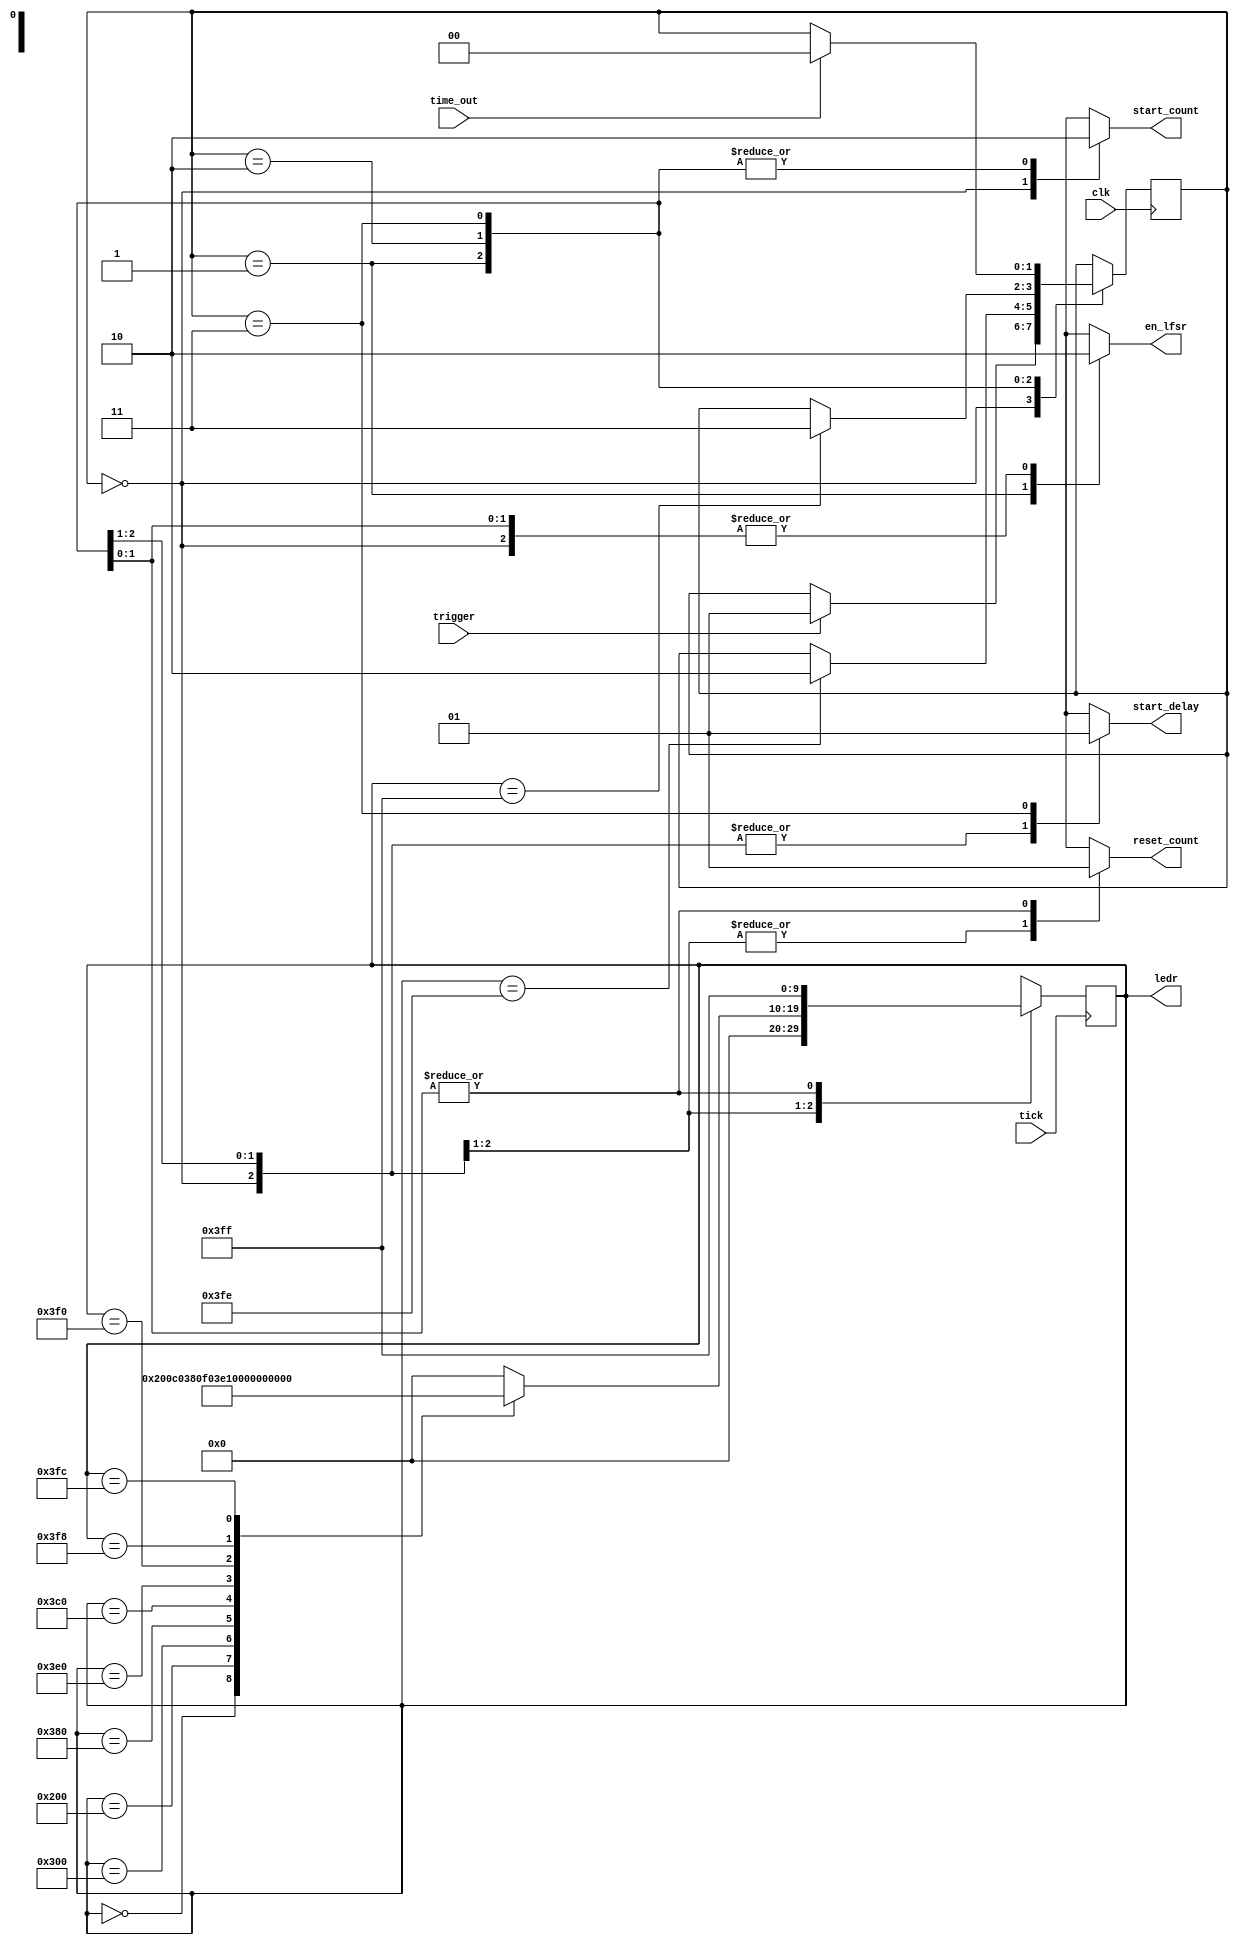
module fsm(clk, tick , trigger, time_out, en_lfsr, start_delay, ledr, start_count, reset_count/*ex9*/);

input clk;
input tick;
input trigger;
input time_out;

output en_lfsr;
output start_delay;
output [9:0] ledr;
output reset_count; //ex9
output start_count; //ex9

reg en_lfsr;
reg start_delay;
reg [9:0]ledr;
reg [1:0] state;
reg reset_count; //ex9
reg start_count; //ex9

initial en_lfsr = 1'b0;
initial start_delay = 1'b0;
initial ledr = 10'b0;
initial state = 2'b0;
initial reset_count = 1'b0; //ex9
initial start_count = 1'b0; //ex9

parameter WAIT = 2'b00;
parameter LIGHTS = 2'b01;
parameter DELAY = 2'b10;
parameter RESET = 2'b11;


always @ (posedge clk)
	
	case(state)
		WAIT:
			if(trigger == 1'b1)
				state <= LIGHTS;
		LIGHTS:
			if(ledr == 10'b1111111110)
				state <= DELAY;
		DELAY:
			if(ledr == 10'b1111111111)
				state <= RESET;
		RESET:
			if(time_out == 1'b1)
				state <= WAIT;
			
	endcase 

	
always @ (*)
	
	case(state)
		WAIT: begin
			en_lfsr <= 1'b0;
			start_delay <= 1'b0;
			start_count <= 1'b1; //ex9
			reset_count <= 1'b0; //ex9

		end	
		LIGHTS: begin
			en_lfsr <= 1'b1;
			start_delay <= 1'b0;
			start_count <= 1'b0; //ex9
			reset_count <= 1'b0; //ex9

		end	
		DELAY: begin
			en_lfsr <= 1'b0;
			start_delay <= 1'b0;
			start_count <= 1'b0; //ex9
			reset_count <= 1'b1; //ex9

		end	
		RESET: begin
			en_lfsr <= 1'b0;
			start_delay <= 1'b1;
			start_count <= 1'b0; //ex9
			reset_count <= 1'b1; //ex9
		end	
		
	endcase 
	
always @(posedge tick)

	case(state)
		WAIT: 
			ledr <= 10'b0000000000;
			
		LIGHTS: 
			case(ledr)
				10'b0000000000: ledr <= 10'b1000000000;
				10'b1000000000: ledr <= 10'b1100000000;
				10'b1100000000: ledr <= 10'b1110000000;
				10'b1110000000: ledr <= 10'b1111000000;
				10'b1111000000: ledr <= 10'b1111100000;
				10'b1111100000: ledr <= 10'b1111110000;
				10'b1111110000: ledr <= 10'b1111111000;
				10'b1111111000: ledr <= 10'b1111111100;
				10'b1111111100: ledr <= 10'b1111111110;
				default: 		 ledr <= 10'b0000000000;
			endcase
		
		DELAY: ledr <= 10'b1111111111;
		RESET: ledr <= 10'b1111111111;
	
	endcase 

endmodule